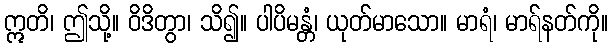
ဣတိ၊ ဤသို့။ ဝိဒိတွာ၊ သိ၍။ ပါပိမန္တံ၊ ယုတ်မာသော။ မာရံ၊ မာရ်နတ်ကို။